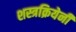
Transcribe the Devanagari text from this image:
शस्त्रक्रियेनी